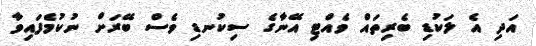
އަދި އެ ލަކުޑި ބެރިތައް ވެއްޓި އޭނާގެ ސިކުނޑި ވެސް ބޭރަށް ނުކުމެފައިވާ